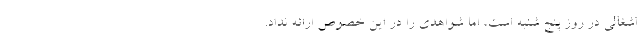
اشغالی در روز پنج شنبه است، اما شواهدی را در این خصوص ارائه نداد.